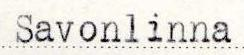
Savonlinna